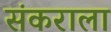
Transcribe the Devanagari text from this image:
संकराला